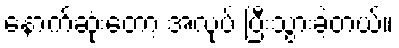
နောက်ဆုံးတော့ အလုပ် ပြီးသွားခဲ့တယ်။